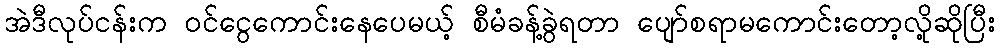
အဲဒီလုပ်ငန်းက ဝင်ငွေကောင်းနေပေမယ့် စီမံခန့်ခွဲရတာ ပျော်စရာမကောင်းတော့လို့ဆိုပြီး